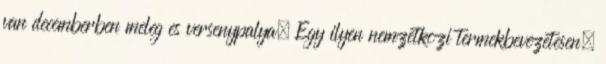
van decemberben meleg es versenypalya. Egy ilyen nemzetkozi termekbevezetesen,